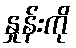
နှုန်းကို